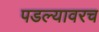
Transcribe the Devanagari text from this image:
पडल्यावरच